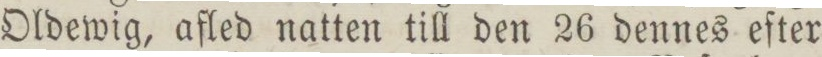
Oldewig, afled natten till den 26 dennes efter